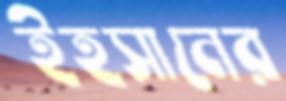
ইহসানের